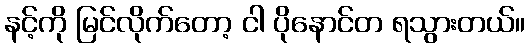
နင့်ကို မြင်လိုက်တော့ ငါ ပိုနောင်တ ရသွားတယ်။